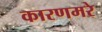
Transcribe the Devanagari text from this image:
कारणमरे